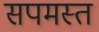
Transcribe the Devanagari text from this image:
सपमस्त